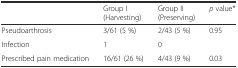
<table><thead><tr><td></td><td><b>Group I (Harvesting)</b></td><td><b>Group II (Preserving)</b></td><td><b><i>p</i> value*</b></td></tr></thead><tbody><tr><td>Pseudoarthrosis</td><td>3/61 (5 %)</td><td>2/43 (5 %)</td><td>0.95</td></tr><tr><td>Infection</td><td>1</td><td>0</td><td></td></tr><tr><td>Prescribed pain medication</td><td>16/61 (26 %)</td><td>4/43 (9 %)</td><td>0.03</td></tr></tbody></table>